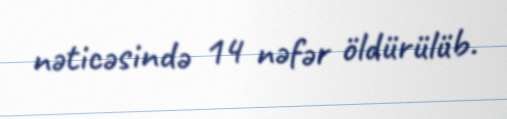
nəticəsində 14 nəfər öldürülüb.